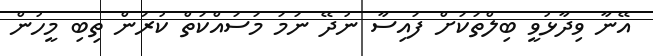
އޭނާ ވިދާޅުވީ ބިލްތަކަށް ފައިސާ ނުދޭ ނަމަ މަސައްކަތް ކުރަން ތިބި މީހުން